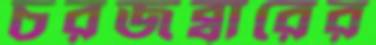
চরজব্বারের